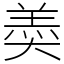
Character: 𡙡